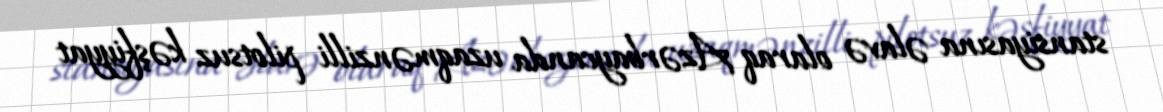
stansiyasına əlavə olaraq Azərbaycanda uzaqmənzilli pilotsuz kəşfiyyat